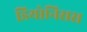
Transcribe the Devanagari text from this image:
डियोनिसस